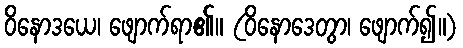
ဝိနောဒယေ၊ ဖျောက်ရာ၏။ (ဝိနောဒေတွာ၊ ဖျောက်၍။)